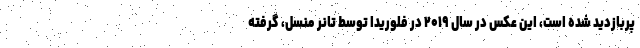
پربازدید شده است، این عکس در سال ۲۰۱۹ در فلوریدا توسط تانر منسل، گرفته